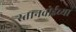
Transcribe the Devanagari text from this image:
स्तानवोईच्या